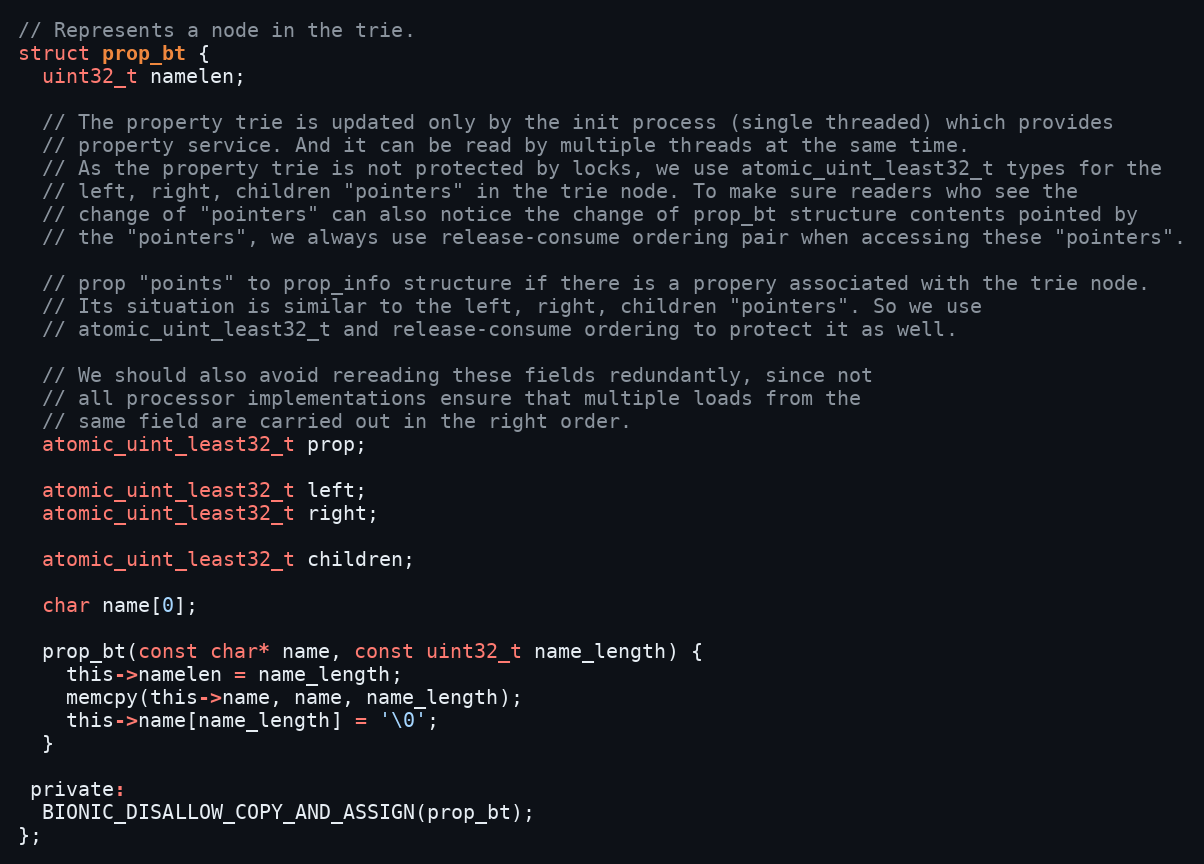
Language: C
// Represents a node in the trie.
struct prop_bt {
  uint32_t namelen;

  // The property trie is updated only by the init process (single threaded) which provides
  // property service. And it can be read by multiple threads at the same time.
  // As the property trie is not protected by locks, we use atomic_uint_least32_t types for the
  // left, right, children "pointers" in the trie node. To make sure readers who see the
  // change of "pointers" can also notice the change of prop_bt structure contents pointed by
  // the "pointers", we always use release-consume ordering pair when accessing these "pointers".

  // prop "points" to prop_info structure if there is a propery associated with the trie node.
  // Its situation is similar to the left, right, children "pointers". So we use
  // atomic_uint_least32_t and release-consume ordering to protect it as well.

  // We should also avoid rereading these fields redundantly, since not
  // all processor implementations ensure that multiple loads from the
  // same field are carried out in the right order.
  atomic_uint_least32_t prop;

  atomic_uint_least32_t left;
  atomic_uint_least32_t right;

  atomic_uint_least32_t children;

  char name[0];

  prop_bt(const char* name, const uint32_t name_length) {
    this->namelen = name_length;
    memcpy(this->name, name, name_length);
    this->name[name_length] = '\0';
  }

 private:
  BIONIC_DISALLOW_COPY_AND_ASSIGN(prop_bt);
};